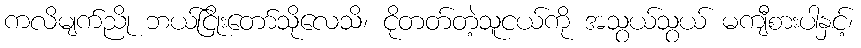
ကလိမျက်ညို ဘယ်ငြိုးတော်သိုလေသိ၊ ငိုတတ်တဲ့သူငယ်ကို အသွယ်သွယ် မကျီစားပါနှင့်၊